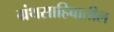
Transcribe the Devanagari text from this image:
ग्रंथसाहिबातील